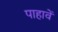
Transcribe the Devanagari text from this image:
पाहावें